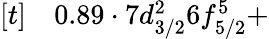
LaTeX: \begin{array}{rl}{[t]}&{{}0.89\cdot 7d_{3/2}^{2}6f_{5/2}^{5}+}\end{array}